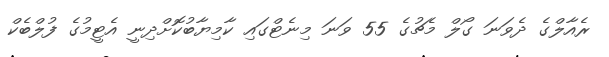
ރެއާލްގެ ދެވަނަ ގޯލް މެޗުގެ 55 ވަނަ މިނެޓްގައި ކާމިޔާބުކޮށްދިނީ އެޓީމުގެ ފުލްބެކް